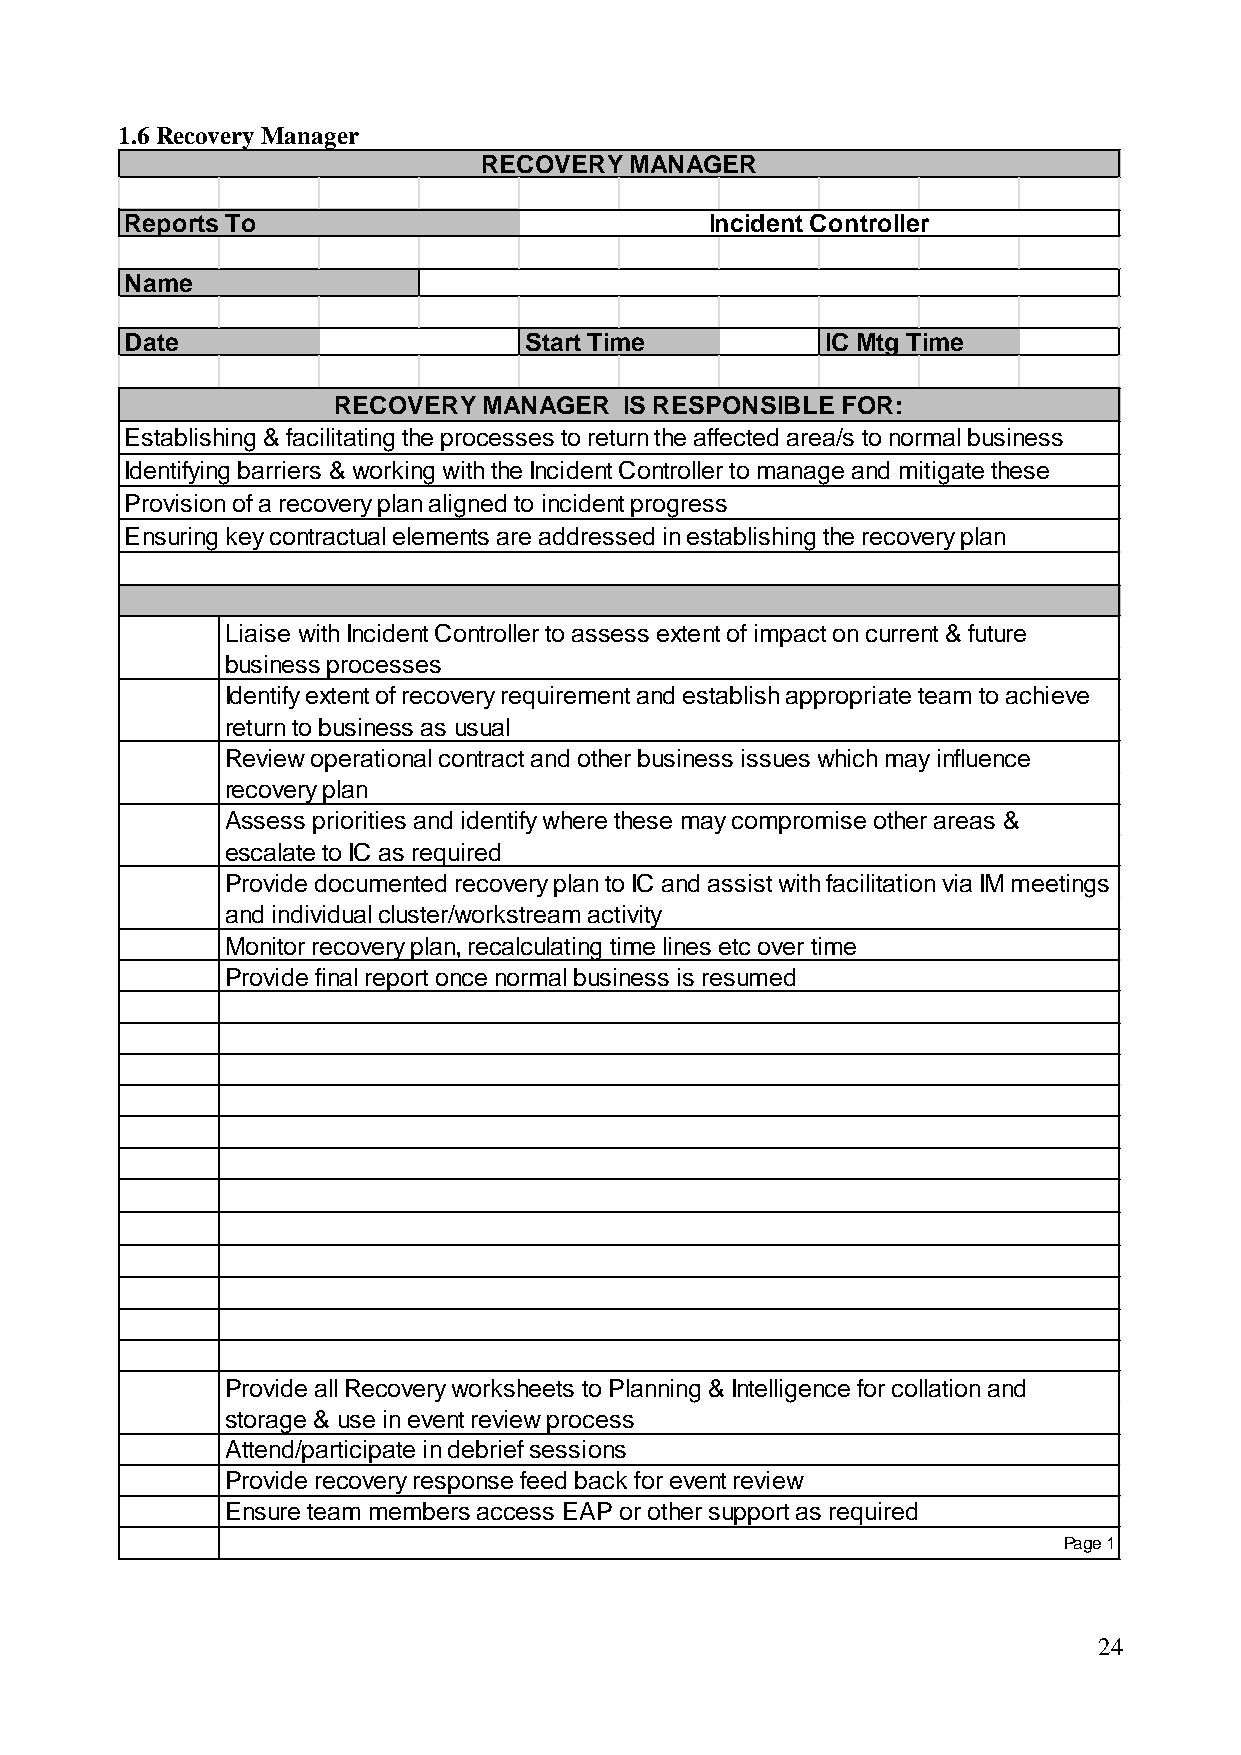
1.6 Recovery Manager
 RECOVERY  MANAGER
 Reports To                             Incident Controller
 Name
 Date                       Start Time          IC Mtg Time
 RECOVERY  MANAGER  IS RESPONSIBLE FOR:
 Establishing & facilitating the processes to return the affected area/s to normal business
 Identifying barriers & working with the Incident Controller to manage and mitigate these
 Provision of a recovery plan aligned to incident progress
 Ensuring key contractual elements are addressed in establishing the recovery plan
 Liaise with Incident Controller to assess extent of impact on current & future
 business processes
 Identify extent of recovery requirement and establish appropriate team to achieve
 return to business as usual
 Review operational contract and other business issues which may influence
 recovery plan
 Assess priorities and identify where these may compromise other areas &
 escalate to IC as required
 Provide documented recovery plan to IC and assist with facilitation via IM meetings
 and individual cluster/workstream activity
 Monitor recovery plan, recalculating time lines etc over time
 Provide final report once normal business is resumed
 Provide all Recovery worksheets to Planning & Intelligence for collation and
 storage & use in event review process
 Attend/participate in debrief sessions
 Provide recovery response feed back for event review
 Ensure team members access EAP or other support as required
 Page 1
 24